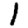
Digit: 1